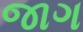
જાગ